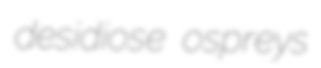
desidiose ospreys